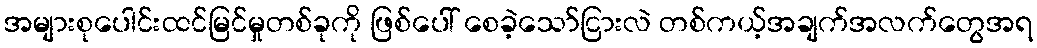
အများစုပေါင်းထင်မြင်မှုတစ်ခုကို ဖြစ်ပေါ် စေခဲ့သော်ငြားလဲ တစ်ကယ့်အချက်အလက်တွေအရ